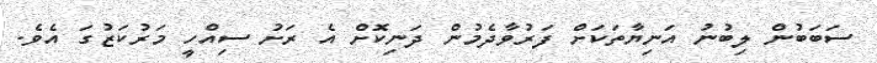
ސަބަބުން ލިބުނު އަނިޔާތަކަށް ފަރުވާދެމުން ދަނިކޮށް އެ ރަށު ސިއްހީ މަރުކަޒުގަ އެވެ.